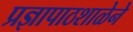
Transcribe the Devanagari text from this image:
प्रज्ञापाठशाळेने